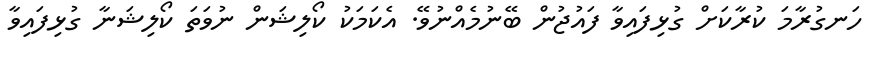
ހަނގުރާމަ ކުރާކަށް ގުޅިފައިވާ ފައުޖުން ބޭނުމެއްނުވޭ. އެކަމަކު ކޯލިޝަން ނުވަތަ ކޯލިޝަނާ ގުޅިފައިވާ